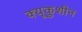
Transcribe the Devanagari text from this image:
क्यूकुशीन